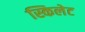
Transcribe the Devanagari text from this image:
स्किलेट